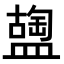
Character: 𥂩